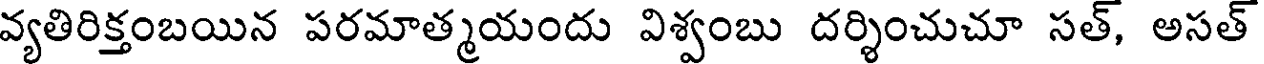
వ్యతిరిక్తంబయిన పరమాత్మయందు విశ్వంబు దర్శించుచూ సత్, అసత్